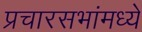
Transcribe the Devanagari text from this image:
प्रचारसभांमध्ये